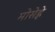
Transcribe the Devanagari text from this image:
मोसेह्ले